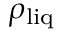
\rho _ { \mathrm { l i q } }